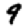
Digit: 9